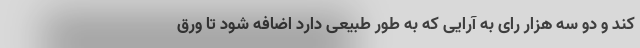
کند و دو سه هزار رای به آرایی که به طور طبیعی دارد اضافه شود تا ورق